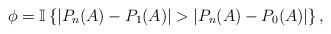
LaTeX: \begin{align*}\phi=\mathbb{I}\left\{|P_n(A)-P_1(A)|>|P_n(A)-P_0(A)|\right\},\end{align*}